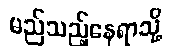
မည်သည့်နေရာသို့